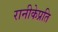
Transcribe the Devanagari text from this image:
रानीकेप्रति